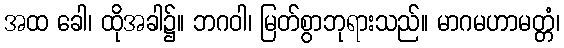
အထ ခေါ၊ ထိုအခါ၌။ ဘဂဝါ၊ မြတ်စွာဘုရားသည်။ မာဂမဟာမတ္တံ၊